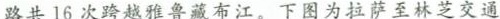
路共16次跨越雅鲁藏布江。下图为拉萨至林芝交通